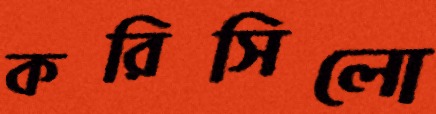
করিসিলো